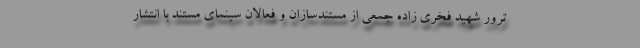
ترور شهید فخری زاده جمعی از مستندسازان و فعالان سینمای مستند با انتشار